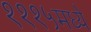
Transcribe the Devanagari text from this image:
१११५मध्ये